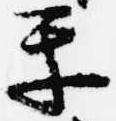
楽